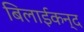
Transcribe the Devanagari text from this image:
बिलाईकन्द